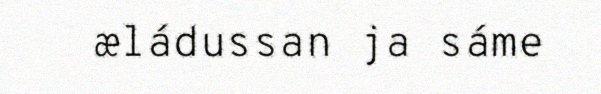
æládussan ja sáme